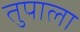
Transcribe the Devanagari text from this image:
तुपाला